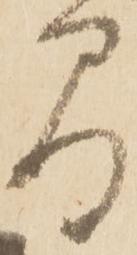
間